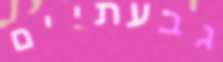
גבעתיים